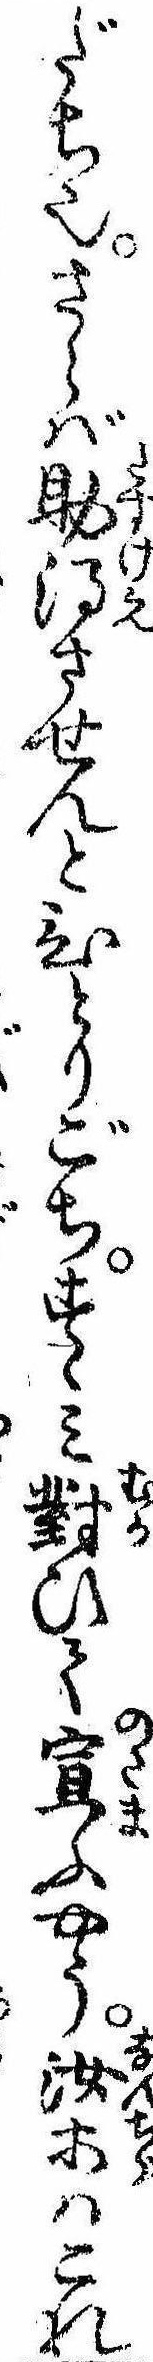
だち也さらば助得させんとひとりごちすゝみ対ひて宣ふやう汝等はこれ